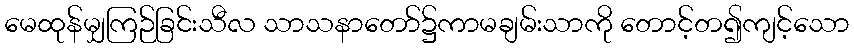
မေထုန်မျှကြဉ်ခြင်းသီလ သာသနာတော်၌ကာမချမ်းသာကို တောင့်တ၍ကျင့်သော